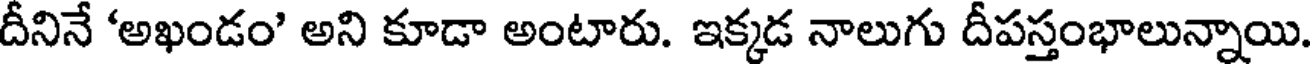
దీనినే 'అఖండం' అని కూడా అంటారు. ఇక్కడ నాలుగు దీపస్తంభాలున్నాయి.